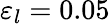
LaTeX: \varepsilon_{l}=0.05